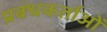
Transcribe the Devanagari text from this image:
प्रबंधकर्ताओं